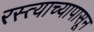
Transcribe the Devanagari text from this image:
रस्त्याच्यापासून